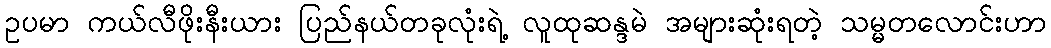
ဥပမာ ကယ်လီဖိုးနီးယား ပြည်နယ်တခုလုံးရဲ့ လူထုဆန္ဒမဲ အများဆုံးရတဲ့ သမ္မတလောင်းဟာ